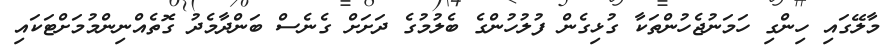
މާލޭގައި ހިންގި ހަމަނުޖެހުންތަކާ ގުޅިގެން ފުލުހުންގެ ބެލުމުގެ ދަށަށް ގެނެސް ބަންދާމެދު ގޮތެއްނިންމުމަށްޓަކައި